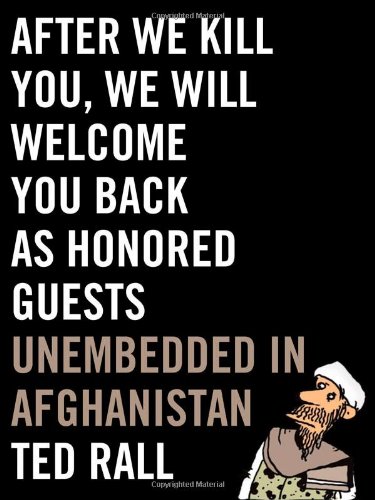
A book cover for After We Kill You, We Will Welcome You Back as Honored Guests: Unembedded in Afghanistan; Ted Rall; History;